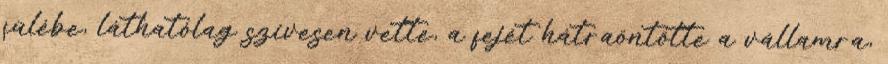
fülébe, láthatólag szívesen vette, a fejét hátraöntötte a vállamra,